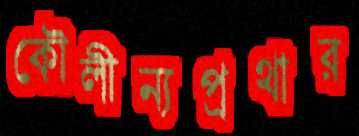
কৌলীন্যপ্রথার